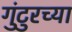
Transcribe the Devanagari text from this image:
गुंटुरच्या